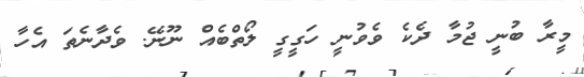
މީރާ ބުނީ ޖުމާ ދެކެ ވެވުނީ ހަގީގީ ލޯތްބެއް ނޫނޭ. ވެދާނެތަ އެހާ